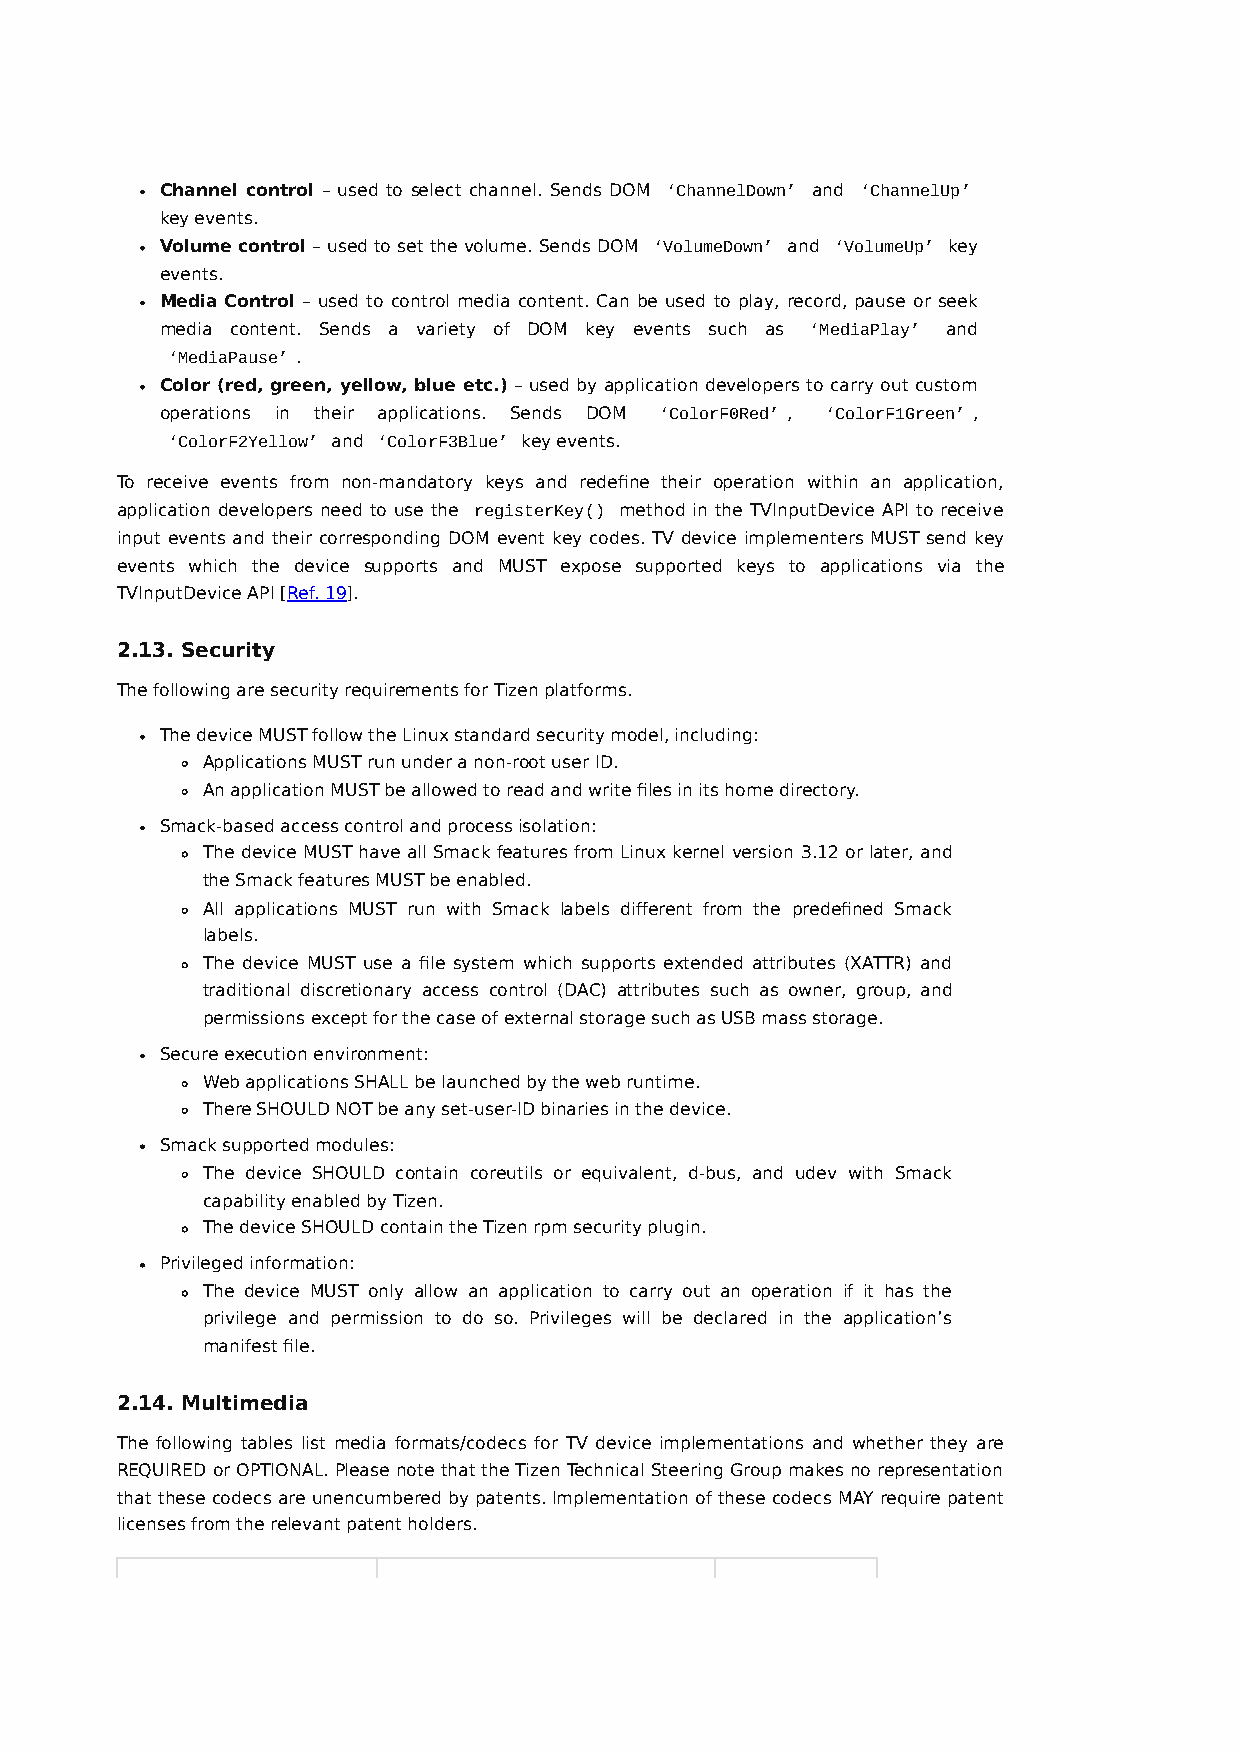
Channel control – used to select channel. Sends DOM ‘ChannelDown’ and ‘ChannelUp’
 key events.
 Volume control – used to set the volume. Sends DOM ‘VolumeDown’ and ‘VolumeUp’ key
 events.
 Media Control – used to control media content. Can be used to play, record, pause or seek
 media content. Sends a variety of DOM key events such as ‘MediaPlay’ and
 ‘MediaPause’ .
 Color (red, green, yellow, blue etc.) – used by application developers to carry out custom
 operations in their applications. Sends DOM ‘ColorF0Red’ , ‘ColorF1Green’ ,
 ‘ColorF2Yellow’ and ‘ColorF3Blue’ key events.
 To receive events from non-mandatory keys and redefine their operation within an application,
 application developers need to use the registerKey() method in the TVInputDevice API to receive
 input events and their corresponding DOM event key codes. TV device implementers MUST send key
 events which the device supports and MUST expose supported keys to applications via the
 TVInputDevice API [Ref. 19].
 2.13. Security
 The following are security requirements for Tizen platforms.
 The device MUST follow the Linux standard security model, including:
 Applications MUST run under a non-root user ID.
 An application MUST be allowed to read and write files in its home directory.
 Smack-based access control and process isolation:
 The device MUST have all Smack features from Linux kernel version 3.12 or later, and
 the Smack features MUST be enabled.
 All applications MUST run with Smack labels different from the predefined Smack
 labels.
 The device MUST use a file system which supports extended attributes (XATTR) and
 traditional discretionary access control (DAC) attributes such as owner, group, and
 permissions except for the case of external storage such as USB mass storage.
 Secure execution environment:
 Web applications SHALL be launched by the web runtime.
 There SHOULD NOT be any set-user-ID binaries in the device.
 Smack supported modules:
 The device SHOULD contain coreutils or equivalent, d-bus, and udev with Smack
 capability enabled by Tizen.
 The device SHOULD contain the Tizen rpm security plugin.
 Privileged information:
 The device MUST only allow an application to carry out an operation if it has the
 privilege and permission to do so. Privileges will be declared in the application’s
 manifest file.
 2.14. Multimedia
 The following tables list media formats/codecs for TV device implementations and whether they are
 REQUIRED or OPTIONAL. Please note that the Tizen Technical Steering Group makes no representation
 that these codecs are unencumbered by patents. Implementation of these codecs MAY require patent
 licenses from the relevant patent holders.